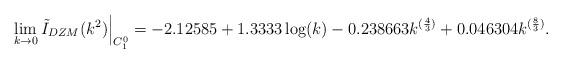
LaTeX: \begin{align*}\lim_{k\rightarrow 0}\tilde I_{DZM}(k^2) \Big|_{C_1^0} = -2.12585+1.3333 \log (k)-0.238663 k^{({4 \over 3})}+0.046304 k^{({8 \over 3})}.\end{align*}